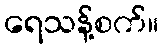
ရေသန့်စက်။